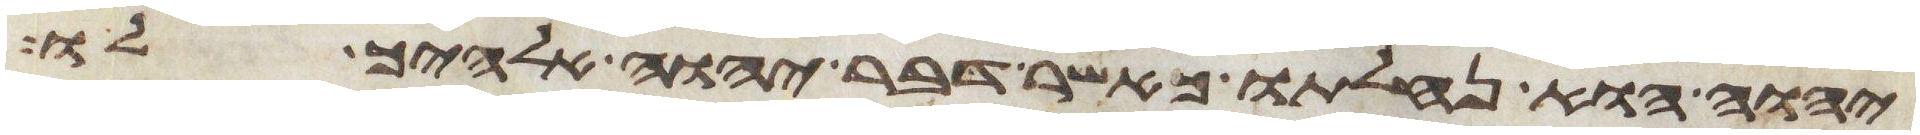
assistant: יהוה הוא נחלתו כאשר דבר יהוה אלהיך לו